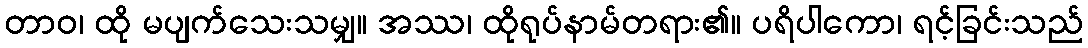
တာဝ၊ ထို မပျက်သေးသမျှ။ အဿ၊ ထိုရုပ်နာမ်တရား၏။ ပရိပါကော၊ ရင့်ခြင်းသည်